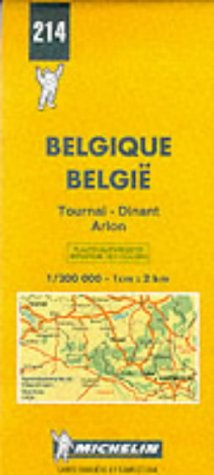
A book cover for Michelin Tournai/Dinant/Arlon, Belgium & Luxembourg Map No. 214 (Michelin Maps & Atlases); Michelin Travel Publications; Travel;